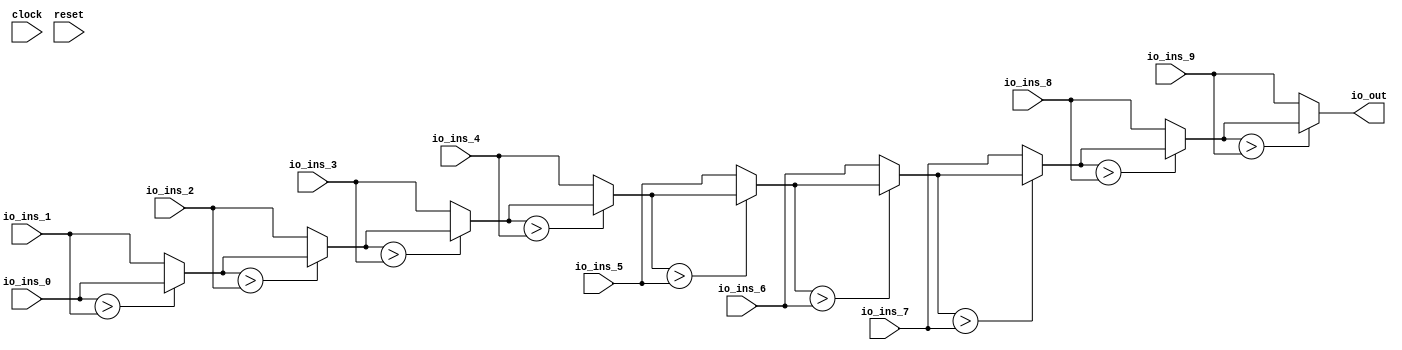
module MaxN( // @[:@3.2]
  input        clock, // @[:@4.4]
  input        reset, // @[:@5.4]
  input  [7:0] io_ins_0, // @[:@6.4]
  input  [7:0] io_ins_1, // @[:@6.4]
  input  [7:0] io_ins_2, // @[:@6.4]
  input  [7:0] io_ins_3, // @[:@6.4]
  input  [7:0] io_ins_4, // @[:@6.4]
  input  [7:0] io_ins_5, // @[:@6.4]
  input  [7:0] io_ins_6, // @[:@6.4]
  input  [7:0] io_ins_7, // @[:@6.4]
  input  [7:0] io_ins_8, // @[:@6.4]
  input  [7:0] io_ins_9, // @[:@6.4]
  output [7:0] io_out // @[:@6.4]
);
  wire  _T_37; // @[MaxN.scala 10:46:@8.4]
  wire [7:0] _T_38; // @[MaxN.scala 10:43:@9.4]
  wire  _T_39; // @[MaxN.scala 10:46:@10.4]
  wire [7:0] _T_40; // @[MaxN.scala 10:43:@11.4]
  wire  _T_41; // @[MaxN.scala 10:46:@12.4]
  wire [7:0] _T_42; // @[MaxN.scala 10:43:@13.4]
  wire  _T_43; // @[MaxN.scala 10:46:@14.4]
  wire [7:0] _T_44; // @[MaxN.scala 10:43:@15.4]
  wire  _T_45; // @[MaxN.scala 10:46:@16.4]
  wire [7:0] _T_46; // @[MaxN.scala 10:43:@17.4]
  wire  _T_47; // @[MaxN.scala 10:46:@18.4]
  wire [7:0] _T_48; // @[MaxN.scala 10:43:@19.4]
  wire  _T_49; // @[MaxN.scala 10:46:@20.4]
  wire [7:0] _T_50; // @[MaxN.scala 10:43:@21.4]
  wire  _T_51; // @[MaxN.scala 10:46:@22.4]
  wire [7:0] _T_52; // @[MaxN.scala 10:43:@23.4]
  wire  _T_53; // @[MaxN.scala 10:46:@24.4]
  assign _T_37 = io_ins_0 > io_ins_1; // @[MaxN.scala 10:46:@8.4]
  assign _T_38 = _T_37 ? io_ins_0 : io_ins_1; // @[MaxN.scala 10:43:@9.4]
  assign _T_39 = _T_38 > io_ins_2; // @[MaxN.scala 10:46:@10.4]
  assign _T_40 = _T_39 ? _T_38 : io_ins_2; // @[MaxN.scala 10:43:@11.4]
  assign _T_41 = _T_40 > io_ins_3; // @[MaxN.scala 10:46:@12.4]
  assign _T_42 = _T_41 ? _T_40 : io_ins_3; // @[MaxN.scala 10:43:@13.4]
  assign _T_43 = _T_42 > io_ins_4; // @[MaxN.scala 10:46:@14.4]
  assign _T_44 = _T_43 ? _T_42 : io_ins_4; // @[MaxN.scala 10:43:@15.4]
  assign _T_45 = _T_44 > io_ins_5; // @[MaxN.scala 10:46:@16.4]
  assign _T_46 = _T_45 ? _T_44 : io_ins_5; // @[MaxN.scala 10:43:@17.4]
  assign _T_47 = _T_46 > io_ins_6; // @[MaxN.scala 10:46:@18.4]
  assign _T_48 = _T_47 ? _T_46 : io_ins_6; // @[MaxN.scala 10:43:@19.4]
  assign _T_49 = _T_48 > io_ins_7; // @[MaxN.scala 10:46:@20.4]
  assign _T_50 = _T_49 ? _T_48 : io_ins_7; // @[MaxN.scala 10:43:@21.4]
  assign _T_51 = _T_50 > io_ins_8; // @[MaxN.scala 10:46:@22.4]
  assign _T_52 = _T_51 ? _T_50 : io_ins_8; // @[MaxN.scala 10:43:@23.4]
  assign _T_53 = _T_52 > io_ins_9; // @[MaxN.scala 10:46:@24.4]
  assign io_out = _T_53 ? _T_52 : io_ins_9; // @[MaxN.scala 16:10:@26.4]
endmodule